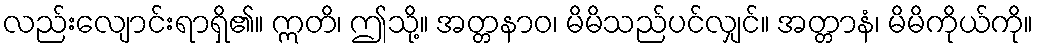
လည်းလျောင်းရာရှိ၏။ ဣတိ၊ ဤသို့။ အတ္တနာဝ၊ မိမိသည်ပင်လျှင်။ အတ္တာနံ၊ မိမိကိုယ်ကို။